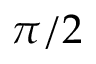
\pi / 2